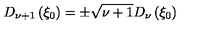
D _ { \nu + 1 } \left( \xi _ { 0 } \right) = \pm \sqrt { \nu + 1 } D _ { \nu } \left( \xi _ { 0 } \right)